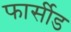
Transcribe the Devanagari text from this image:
फार्सीड